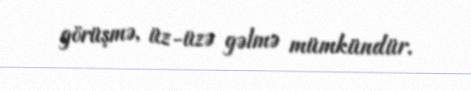
görüşmə, üz-üzə gəlmə mümkündür.